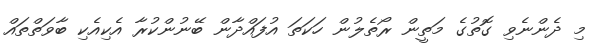
މި ދެންނެވި ގޮތުގެ މަތީން ރޯތެލުން ހަކަތަ އުފައްދާން ބޭނުންކުރާ އެކިއެކި ބާވަތްތައް